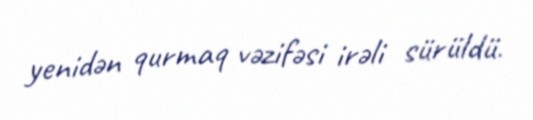
yenidən qurmaq vəzifəsi irəli sürüldü.